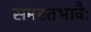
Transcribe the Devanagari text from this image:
समस्तभावैः